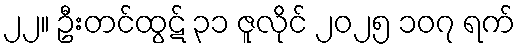
၂၂။ ဦးတင်ထွဋ် ၃၁ ဇူလိုင် ၂၀၂၅ ၁၀၇ ရက်